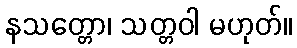
နသတ္တော၊ သတ္တဝါ မဟုတ်။